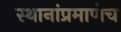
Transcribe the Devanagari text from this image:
स्थानांप्रमाणेच